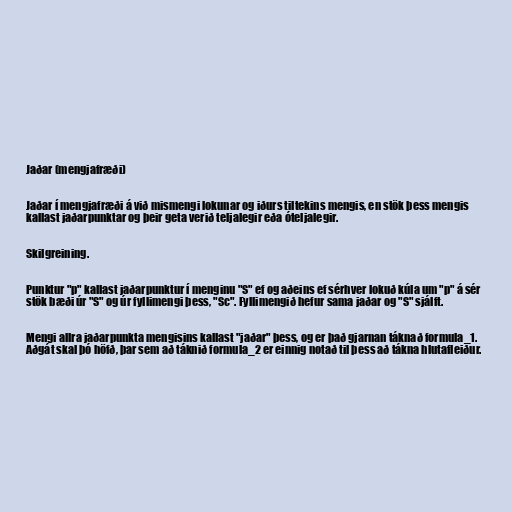
Jaðar (mengjafræði)

Jaðar í mengjafræði á við mismengi lokunar og iðurs tiltekins mengis, en stök þess mengis
kallast jaðarpunktar og þeir geta verið teljalegir eða óteljalegir.

Skilgreining.

Punktur "p" kallast jaðarpunktur í menginu "S" ef og aðeins ef sérhver lokuð kúla um "p" á sér
stök bæði úr "S" og úr fyllimengi þess, "Sc". Fyllimengið hefur sama jaðar og "S" sjálft.

Mengi allra jaðarpunkta mengisins kallast "jaðar" þess, og er það gjarnan táknað formula_1.
Aðgát skal þó höfð, þar sem að táknið formula_2 er einnig notað til þess að tákna hlutafleiður.